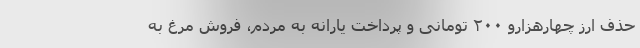
حذف ارز چهارهزارو ۲۰۰ تومانی و پرداخت یارانه به مردم، فروش مرغ به